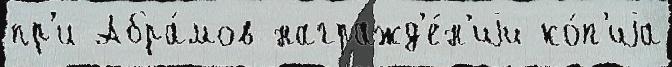
пр'и Абра́мов награжд'е́н'иjи ко́п'иjа